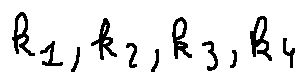
k _ { 1 } , k _ { 2 } , k _ { 3 } , k _ { 4 }